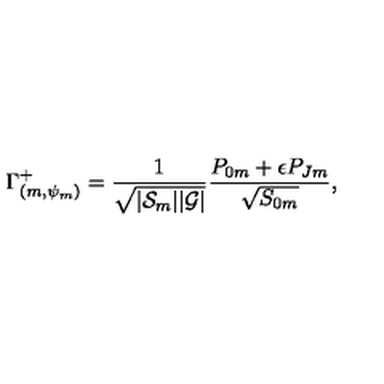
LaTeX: \Gamma _ { ( m , \psi _ { m } ) } ^ { + } = { \frac { 1 } { \sqrt { | { \cal S } _ { m } | | { \cal G } | } } } { \frac { { P } _ { 0 m } + \epsilon { P } _ { J m } } { \sqrt { { S } _ { 0 m } } } } ,